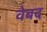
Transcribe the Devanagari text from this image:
वेबद